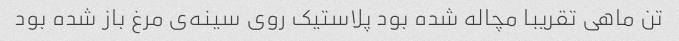
تن ماهی تقریبا مچاله شده بود پلاستیک روی سینه‌ی مرغ باز شده بود